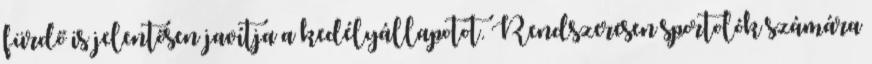
fürdő is jelentősen javítja a kedélyállapotot. Rendszeresen sportolók számára